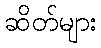
ဆိတ်များ